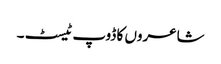
شاعروں کا ڈوپ ٹیسٹ ۔